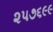
૨૫૭૬૯૯